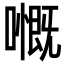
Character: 𡁙